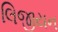
લિજીયન